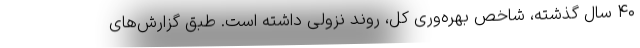
۴۰ سال گذشته، شاخص بهره‌وری کل، روند نزولی داشته است. طبق گزارش‌های